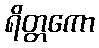
ရိတ္တကော